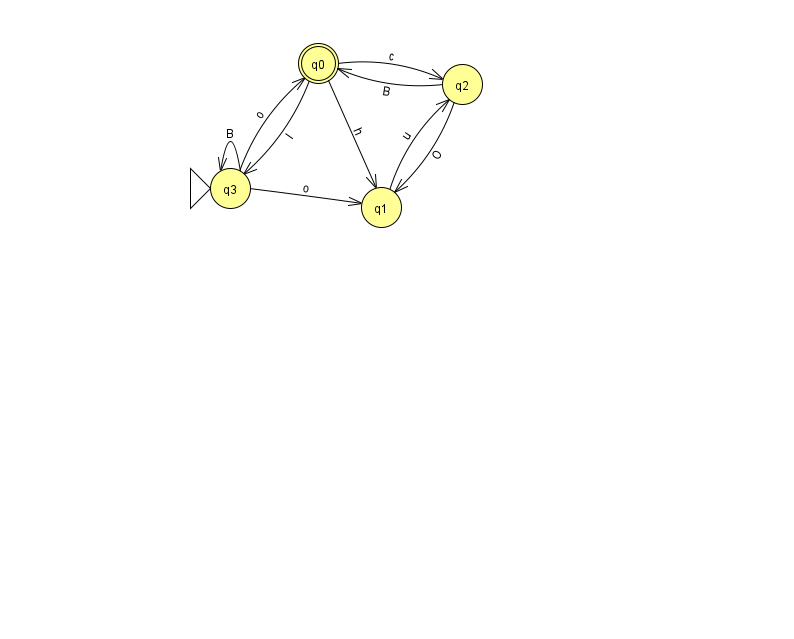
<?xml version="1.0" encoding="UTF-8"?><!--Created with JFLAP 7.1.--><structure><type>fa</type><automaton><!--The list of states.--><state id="0" name="q0"><x>318.0</x><y>50.0</y><final/></state><state id="1" name="q1"><x>381.0</x><y>194.0</y></state><state id="2" name="q2"><x>462.0</x><y>71.0</y></state><state id="3" name="q3"><x>230.0</x><y>175.0</y><initial/></state><!--The list of transitions.--><transition><from>3</from><to>1</to><read>o</read></transition><transition><from>3</from><to>3</to><read>B</read></transition><transition><from>2</from><to>1</to><read>O</read></transition><transition><from>3</from><to>0</to><read>o</read></transition><transition><from>0</from><to>3</to><read>I</read></transition><transition><from>1</from><to>2</to><read>u</read></transition><transition><from>0</from><to>1</to><read>h</read></transition><transition><from>2</from><to>0</to><read>B</read></transition><transition><from>0</from><to>2</to><read>c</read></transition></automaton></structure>